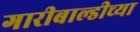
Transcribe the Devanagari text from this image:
गारीबाल्डीच्या